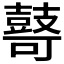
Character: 𱌋